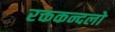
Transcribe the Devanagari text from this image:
रक्तकन्दलो